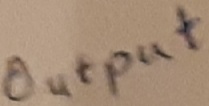
Text: OUTPUT